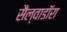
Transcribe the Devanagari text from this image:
सैल्वाडॉरा